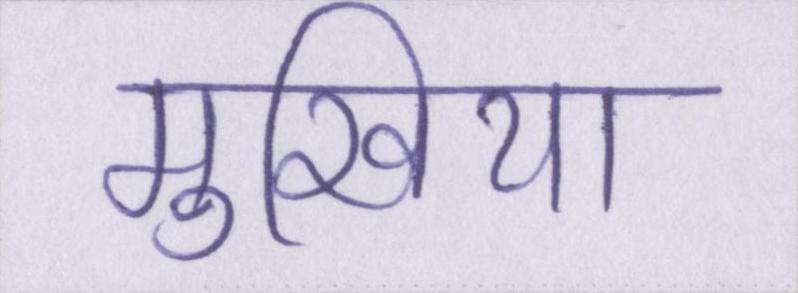
मुखिया